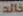
خالد